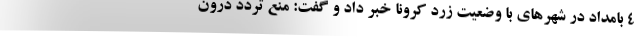
۴ بامداد در شهرهای با وضعیت زرد کرونا خبر داد و گفت: منع تردد درون